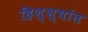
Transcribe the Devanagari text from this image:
हिश्श्यांत